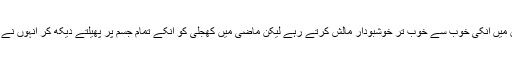
اگرچہ انہوں نے ان کئی پرانے مالشیوں سے جان چھڑوا لی تھی جو دور سابق میں انکی خوب سے خوب تر خوشبودار مالش کرتے رہے لیکن ماضی میں کھجلی کو انکے تمام جسم پر پھیلتے دیکھ کر انہوں نے آنکھیں پھیریں اورنئے صحتمندجسموں کی مالش میں مصروف ہو گئے تھے۔